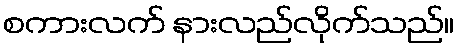
စကားလက် နားလည်လိုက်သည်။